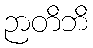
ဉာတိဘိ